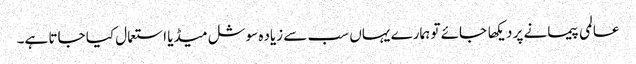
عالمی پیمانے پر دیکها جائے تو ہمارے یہاں سب سے زیاده سوشل میڈیا استعمال کیا جاتا ہے۔